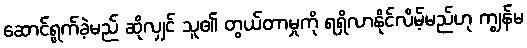
ဆောင်ရွက်ခဲ့မည် ဆိုလျှင် သူ၏ တွယ်တာမှုကို ရရှိလာနိုင်လိမ့်မည်ဟု ကျွန်မ